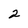
Character: 2